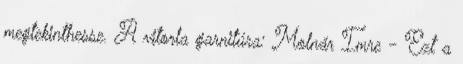
megtekinthesse. A vitorla garnitúra: Molnár Imre - Ezt a